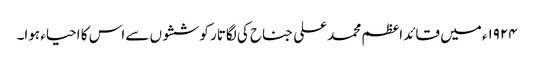
١٩٢۴ء میں قائد اعظم محمد علی جناح کی لگاتار کوششوں سے اس کا احیاء ہوا۔